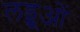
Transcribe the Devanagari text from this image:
लड्डूओं